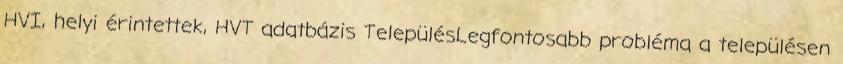
HVI, helyi érintettek, HVT adatbázis TelepülésLegfontosabb probléma a településen